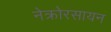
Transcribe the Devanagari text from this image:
नेक्रोरसायन